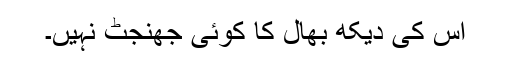
اس کی دیکھ بھال کا کوئی جھنجٹ نہیں۔